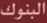
البنوك